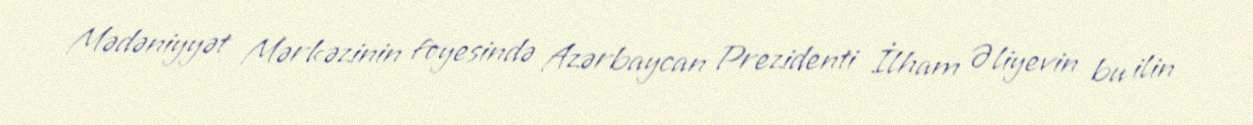
Mədəniyyət Mərkəzinin foyesində Azərbaycan Prezidenti İlham Əliyevin bu ilin